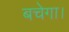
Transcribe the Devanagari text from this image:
बचेगा।